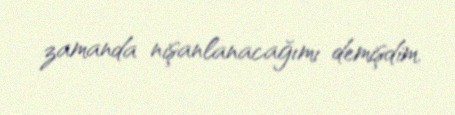
zamanda nişanlanacağımı demişdim.